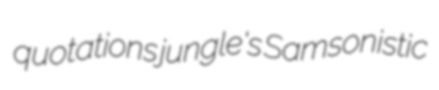
quotations jungle's Samsonistic